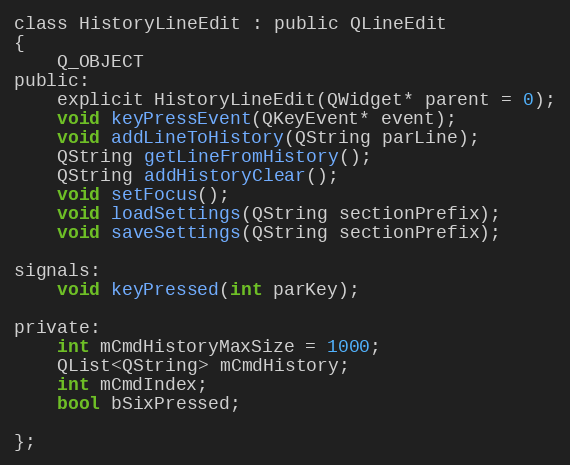
Language: C
class HistoryLineEdit : public QLineEdit
{
    Q_OBJECT
public:
    explicit HistoryLineEdit(QWidget* parent = 0);
    void keyPressEvent(QKeyEvent* event);
    void addLineToHistory(QString parLine);
    QString getLineFromHistory();
    QString addHistoryClear();
    void setFocus();
    void loadSettings(QString sectionPrefix);
    void saveSettings(QString sectionPrefix);

signals:
    void keyPressed(int parKey);

private:
    int mCmdHistoryMaxSize = 1000;
    QList<QString> mCmdHistory;
    int mCmdIndex;
    bool bSixPressed;

};